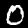
Label: 0